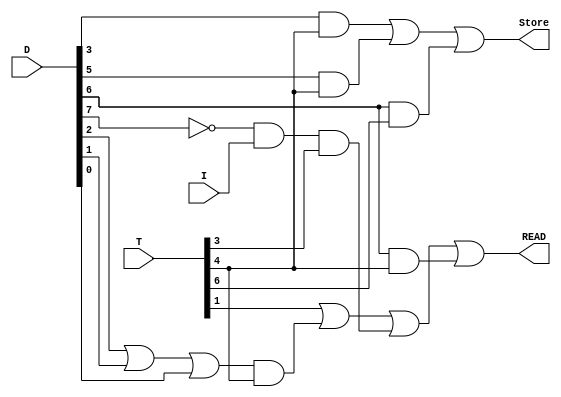
`timescale 1ns / 1ps
//////////////////////////////////////////////////////////////////////////////////
// Company: 
// Engineer: 
// 
// Design Name: 
// Module Name: RAM_CONTROL
// Project Name: 
// Target Devices: 
// Tool Versions: 
// Description: 
// 
// Dependencies: 
// 
// Revision:
// Revision 0.01 - File Created
// Additional Comments:
// 
//////////////////////////////////////////////////////////////////////////////////


module RAM_CONTROL(
Store, READ, T, D, I);



	input  I;
	input [7:0] T, D;
	output Store, READ;

	wire D7COM;
	wire r, D3T4, D5T4, D012, D012T4, D6T4,D6T6;

	assign D7COM = ~D[7];

	assign r = D7COM & I & T[3];
	assign D3T4 = D[3] & T[4];
	assign D5T4 = D[5] & T[4];
	assign D012 = D[2] | D[1] | D[0];
	assign D012T4 = D012 & T[4];
	assign D6T4= D[6] & T[4] ;
	assign D6T6 = D[6] & T[6] ;
	
	assign Store = D3T4 | D5T4  | D6T6;
	assign READ = T[1] | D012T4 | r  |D6T4;

endmodule